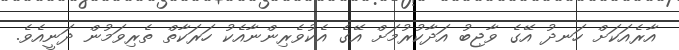
އާރެއަކަށް ހަނދު އޭގެ ވާޖިބު އަދާކުރުމަށް އޭގެ އެކުވެރިންނާއެކު ހަރަކާތް ތެރިވަމުން ދަނީއެވެ.